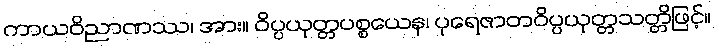
ကာယဝိညာဏဿ၊ အား။ ဝိပ္ပယုတ္တပစ္စယေန၊ ပုရေဇာတဝိပ္ပယုတ္တသတ္တိဖြင့်။